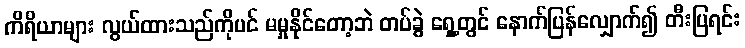
ကိရိယာများ လွယ်ထားသည်ကိုပင် မမှုနိုင်တော့ဘဲ တပ်ခွဲ ရှေ့တွင် နောက်ပြန်လျှောက်၍ တီးပြရင်း